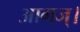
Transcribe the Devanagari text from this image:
आगज्।